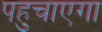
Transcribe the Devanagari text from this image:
पहुचाएगा